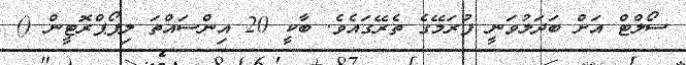
ސޯލްޓް އަށް ބަދަލުވަނީ ފުރަމޭގެ ތެރޭގައެވެ. ބާކީ 20 އިންސައްތަ ލިޕޯޕްރޮޓީން ()